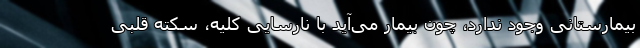
بیمارستانی وجود ندارد، چون بیمار می‌آید با نارسایی کلیه، سکته قلبی